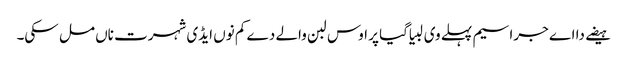
ہیضے دا اے جراسیم پہلے وی لبیا گیا پر اوس لبن والے دے کم نوں ایڈی شہرت ناں مل سکی۔